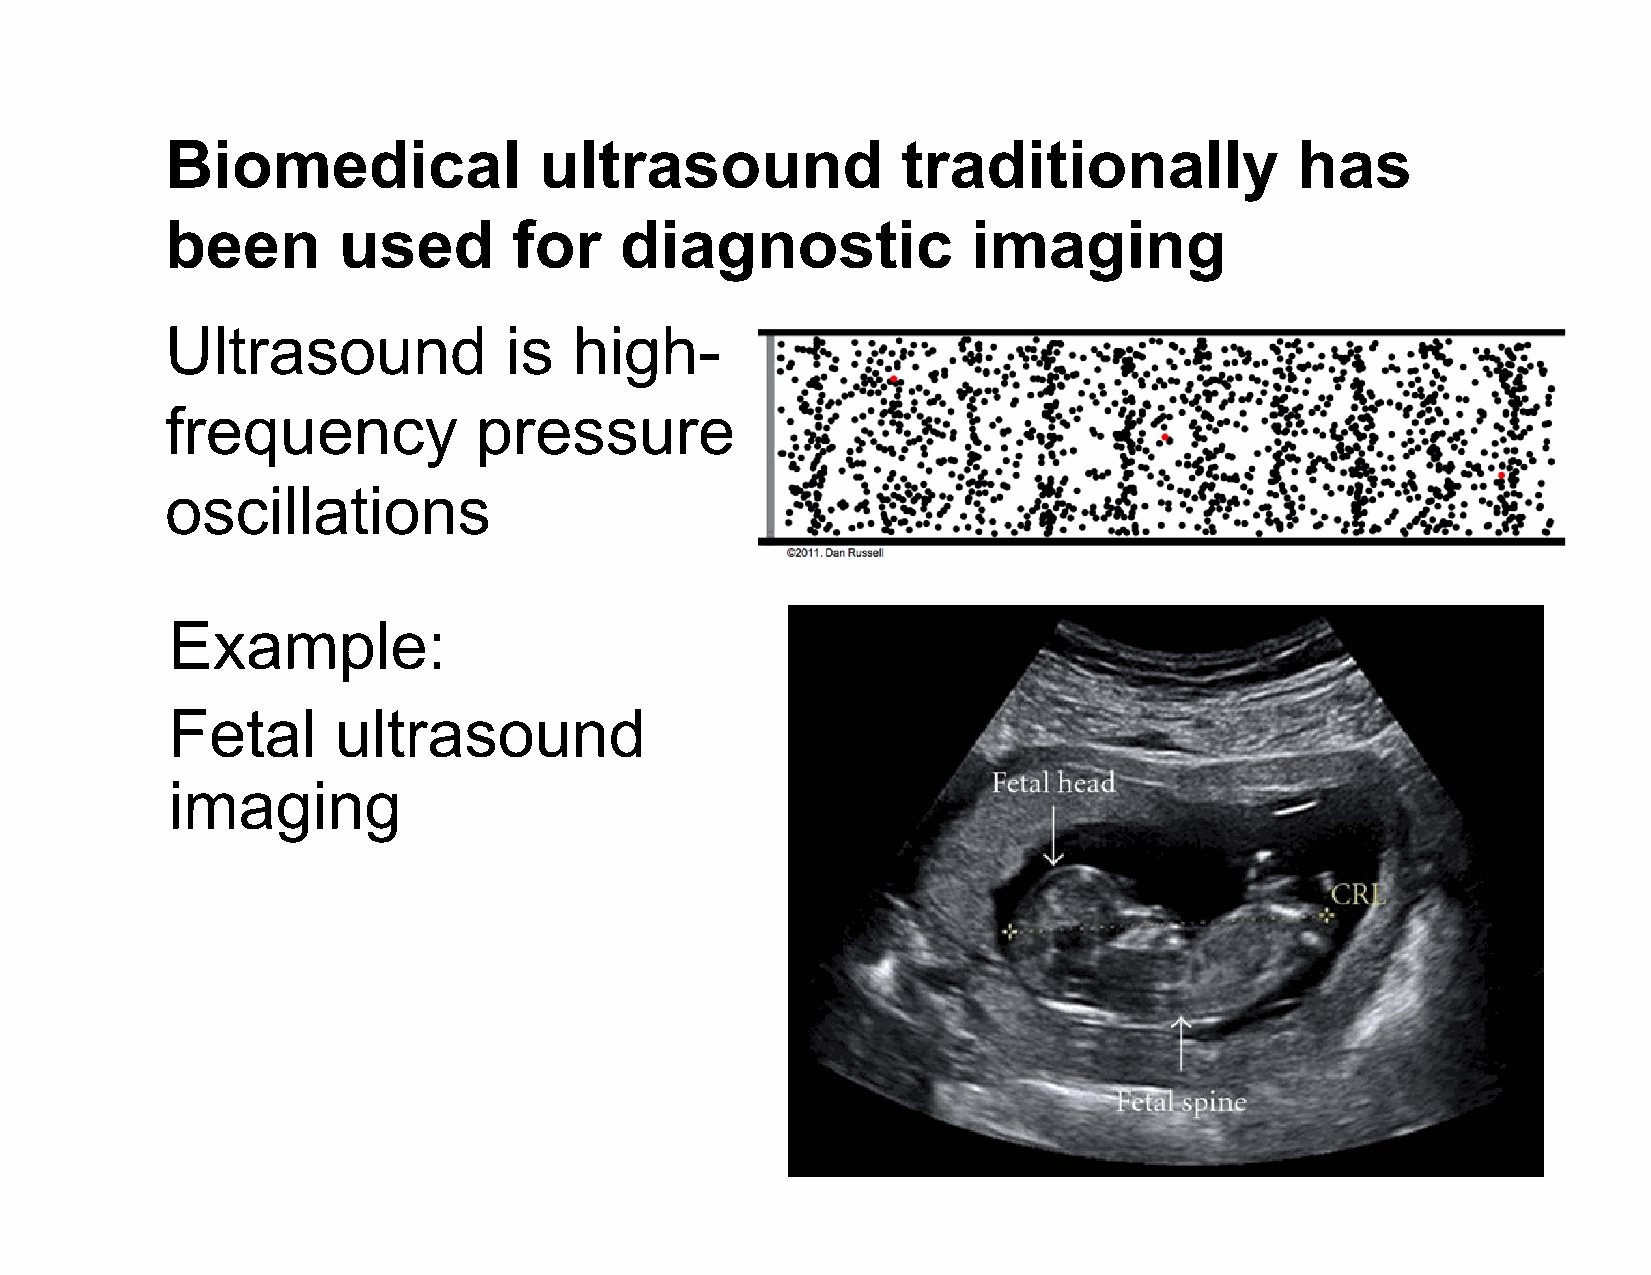
Biomedical               ultrasound              traditionally             has
 been       used        for    diagnostic             imaging
 Ultrasound            is   high-
 frequency           pressure
 oscillations
 Example:
 Fetal      ultrasound
 imaging
 [http://www.hindawi.com/journals/jir/2012/962923/fig2/]